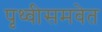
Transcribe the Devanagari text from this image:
पृथ्वीसमवेत